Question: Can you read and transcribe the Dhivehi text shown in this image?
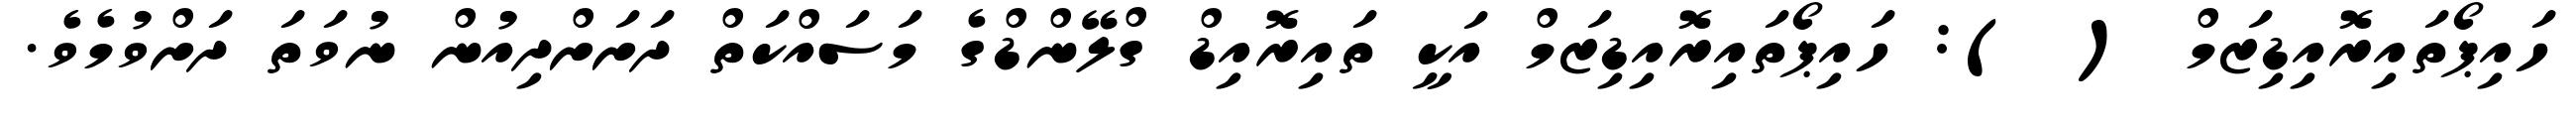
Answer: ހައިޕޯތައިރޮއިޑިޒަމް ( ): ހައިޕޯތައިރޮއިޑިޒަމް އަކީ ތައިރޮއިޑް ގްލޭންޑްގެ މަސައްކަތް ދަށަށްދިއުން ނުވަތަ ދަށްވުމެވެ.